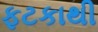
ફટકાથી